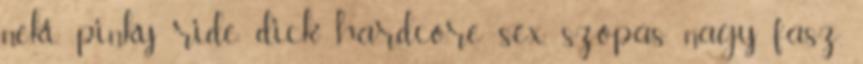
neki, pinky ride dick hardcore sex, szopás, nagy fasz,